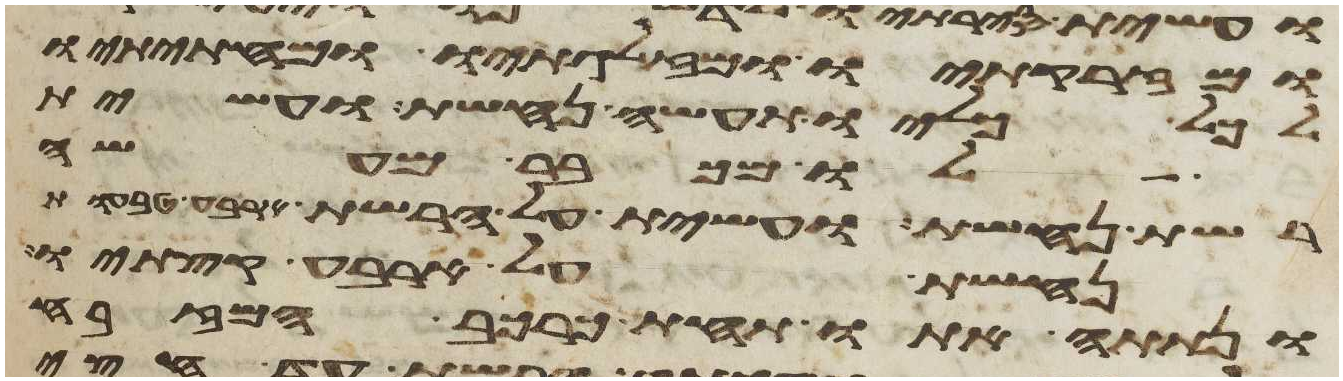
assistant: ומזרקתיו ומזלגתיו ומחתיתיו
לכל כליו תעשה נחשת ועשית
לו מכבר מעשה
רשת נחשת ועשית על הרשת ארבע טבעות
נחשת על ארבע קצתיו
ונתתה אתו תחת כרכב המזבח